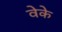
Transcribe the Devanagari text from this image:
वेके